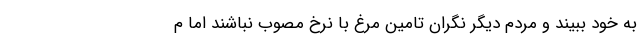
به خود ببیند و مردم دیگر نگران تامین مرغ با نرخ مصوب نباشند اما م